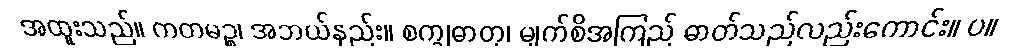
အထူးသည်။ ကတမဉ္စ၊ အဘယ်နည်း။ စက္ခုဓာတု၊ မျက်စိအကြည် ဓာတ်သည်လည်းကောင်း။ ပ။